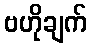
ဗဟိုချက်